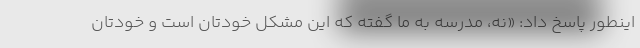
اینطور پاسخ داد: «نه، مدرسه به ما گفته که این مشکل خودتان است و خودتان